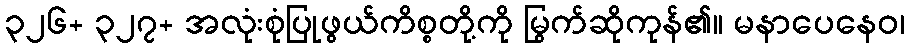
၃၂၆+ ၃၂၇+ အလုံးစုံပြုဖွယ်ကိစ္စတို့ကို မြွက်ဆိုကုန်၏။ မနာပေနေဝ၊